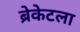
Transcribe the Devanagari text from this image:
ब्रेकेटला